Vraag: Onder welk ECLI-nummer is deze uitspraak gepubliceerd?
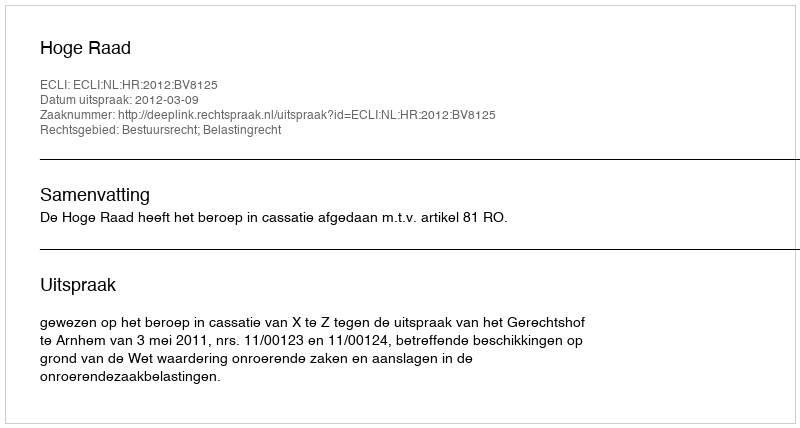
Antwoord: ECLI:NL:HR:2012:BV8125